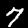
Label: 7